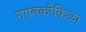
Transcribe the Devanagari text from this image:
गाानकोकिळा